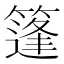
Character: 篷